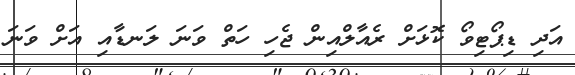
އަދި ޑިޕޯޓިވޯ ކޮޅަށް ރެއާލްއިން ޖެހި ހަތް ވަނަ ލަނޑާއި އަށް ވަނަ